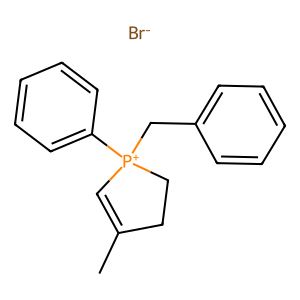
SMILES: CC1=C[P+](Cc2ccccc2)(c2ccccc2)CC1.[Br-]
Inhibits HIV replication: No